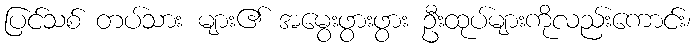
ပြင်သစ် တပ်သား များ၏ အမွေးဖွားဖွား ဦးထုပ်များကိုလည်းကောင်း၊